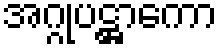
အဂ္ဂုပဋ္ဌာကော